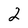
Character: 2